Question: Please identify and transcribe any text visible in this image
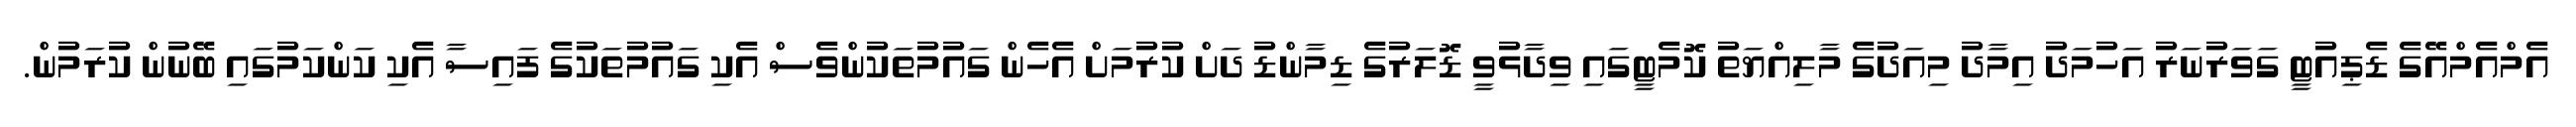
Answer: އެމްއެމްއޭގެ ޑެޕިއުޓީ ގަވަރުނަރު އަހުމަދު އިމާދު މިއަދުގެ މާލިއްޔަތު ކޮމެޓީގައި ވިދާޅުވީ ޑޮލަރުގެ ޑިމާންޑު ދަށް ކުރުމަށް އެހެން ގައުމުތަކުންވެސް އެކި ގައުމުތަކުގެ ފައިސާ އެކި ކަންކަމުގައި ބޭނުން ކުރަމުން.